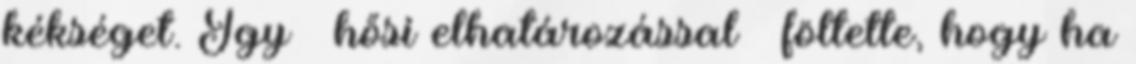
kékséget. Így – hősi elhatározással – föltette, hogy ha